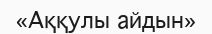
«Аққулы айдын»